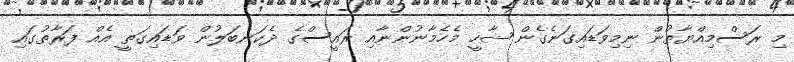
މި ރަސްމިއްޔާތުން ނިމިވަޑައިގަނެގެން ޝާހީ މެހެމާނުންނާއި ރައީސްގެ ދެކަނބަލުން ވަޑައިގަތީ އެއް ފަރާތުގައި